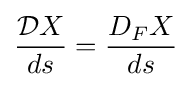
{\frac {{\mathcal {D}}X}{ds}}={\frac {D_{F}X}{ds}}